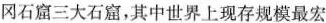
冈石窟三大石窟，其中世界上现存规模最宏